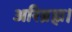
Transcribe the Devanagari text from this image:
अरिब्रह्म।